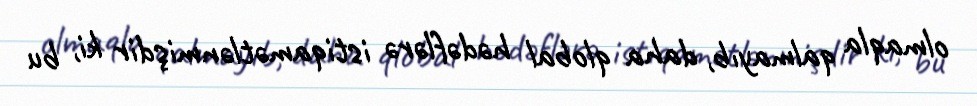
olmaqla qalmayıb, daha qlobal hədəflərə istiqamətlənmişdir ki, bu